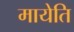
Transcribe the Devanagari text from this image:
मायेति